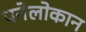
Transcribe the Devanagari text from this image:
पनेलोकान